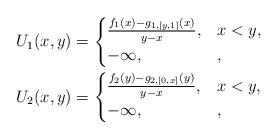
LaTeX: \begin{align*}U_{1}(x,y) & = \begin{cases}\frac{f_{1}(x) - g_{1,[y,1]}(x)}{y - x},& x < y,\\-\infty,& ,\end{cases}\\U_{2}(x,y) & = \begin{cases}\frac{f_{2}(y) - g_{2,[0,x]}(y)}{y - x},& x < y,\\-\infty,& ,\end{cases}\end{align*}